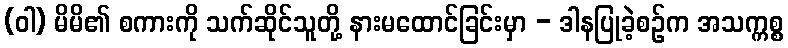
(ဝါ) မိမိ၏ စကားကို သက်ဆိုင်သူတို့ နားမထောင်ခြင်းမှာ - ဒါနပြုခဲ့စဉ်က အသက္ကစ္စ